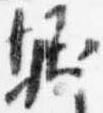
堀